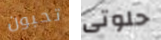
تحبون حلوتى